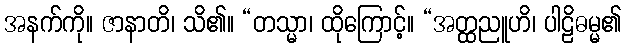
အနက်ကို။ ဇာနာတိ၊ သိ၏။ “တသ္မာ၊ ထိုကြောင့်။ “အတ္ထညူဟိ၊ ပါဠိဓမ္မ၏